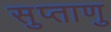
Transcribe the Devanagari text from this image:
सुप्ताणु